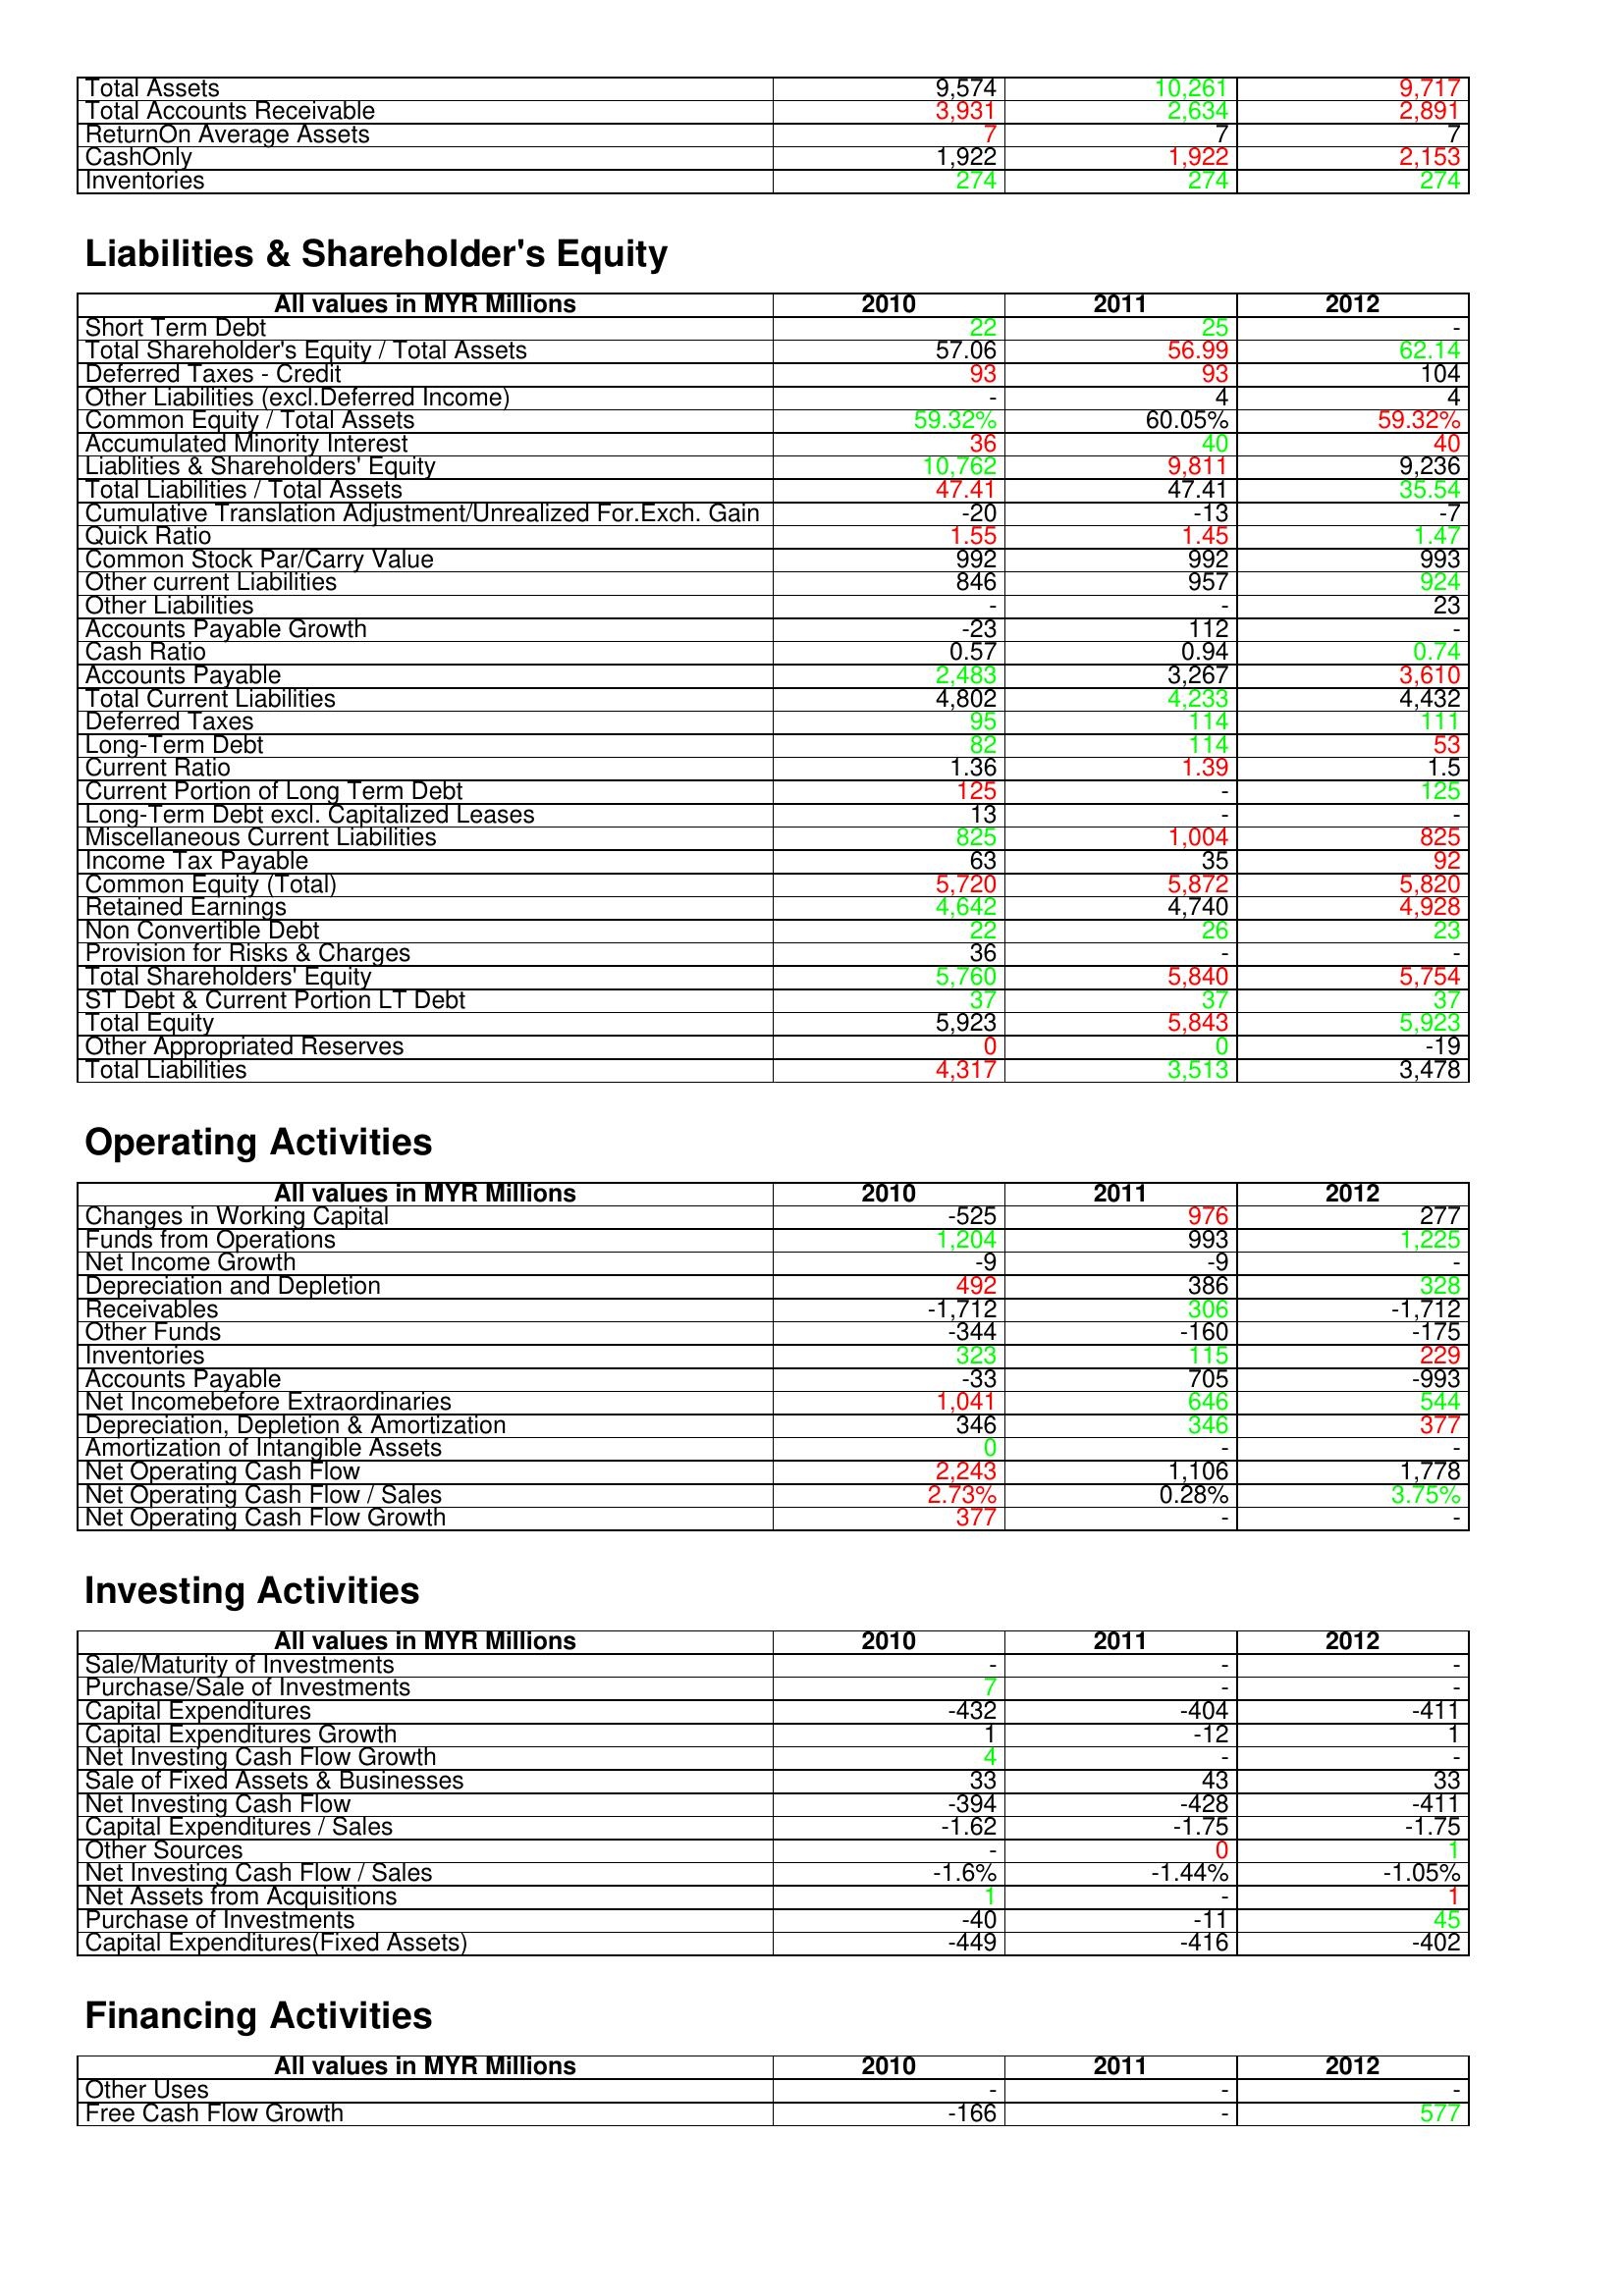
gt_parse: 2010: Assets: Total Assets: 9,574
Total Accounts Receivable: 3,931
ReturnOn Average Assets: 7
CashOnly: 1,922
Inventories: 274
Liabilities & Shareholder's Equity: Short Term Debt: 22
Total Shareholder's Equity / Total Assets: 57.06
Deferred Taxes - Credit: 93
Other Liabilities (excl.Deferred Income): -
Common Equity / Total Assets: 59.32%
Accumulated Minority Interest: 36
Liablities & Shareholders' Equity: 10,762
Total Liabilities / Total Assets: 47.41
Cumulative Translation Adjustment/Unrealized For.Exch. Gain: -20
Quick Ratio: 1.55
Common Stock Par/Carry Value: 992
Other current Liabilities: 846
Other Liabilities: -
Accounts Payable Growth: -23
Cash Ratio: 0.57
Accounts Payable: 2,483
Total Current Liabilities: 4,802
Deferred Taxes: 95
Long-Term Debt: 82
Current Ratio: 1.36
Current Portion of Long Term Debt: 125
Long-Term Debt excl. Capitalized Leases: 13
Miscellaneous Current Liabilities: 825
Income Tax Payable: 63
Common Equity (Total): 5,720
Retained Earnings: 4,642
Non Convertible Debt: 22
Provision for Risks & Charges: 36
Total Shareholders' Equity: 5,760
ST Debt & Current Portion LT Debt: 37
Total Equity: 5,923
Other Appropriated Reserves: 0
Total Liabilities: 4,317
Operating Activities: Changes in Working Capital: -525
Funds from Operations: 1,204
Net Income Growth: -9
Depreciation and Depletion: 492
Receivables: -1,712
Other Funds: -344
Inventories: 323
Accounts Payable: -33
Net Incomebefore Extraordinaries: 1,041
Depreciation, Depletion & Amortization: 346
Amortization of Intangible Assets: 0
Net Operating Cash Flow: 2,243
Net Operating Cash Flow / Sales: 2.73%
Net Operating Cash Flow Growth: 377
Investing Activities: Sale/Maturity of Investments: -
Purchase/Sale of Investments: 7
Capital Expenditures: -432
Capital Expenditures Growth: 1
Net Investing Cash Flow Growth: 4
Sale of Fixed Assets & Businesses: 33
Net Investing Cash Flow: -394
Capital Expenditures / Sales: -1.62
Other Sources: -
Net Investing Cash Flow / Sales: -1.6%
Net Assets from Acquisitions: 1
Purchase of Investments: -40
Capital Expenditures(Fixed Assets): -449
Financing Activities: Other Uses: -
Free Cash Flow Growth: -166
2011: Assets: Total Assets: 10,261
Total Accounts Receivable: 2,634
ReturnOn Average Assets: 7
CashOnly: 1,922
Inventories: 274
Liabilities & Shareholder's Equity: Short Term Debt: 25
Total Shareholder's Equity / Total Assets: 56.99
Deferred Taxes - Credit: 93
Other Liabilities (excl.Deferred Income): 4
Common Equity / Total Assets: 60.05%
Accumulated Minority Interest: 40
Liablities & Shareholders' Equity: 9,811
Total Liabilities / Total Assets: 47.41
Cumulative Translation Adjustment/Unrealized For.Exch. Gain: -13
Quick Ratio: 1.45
Common Stock Par/Carry Value: 992
Other current Liabilities: 957
Other Liabilities: -
Accounts Payable Growth: 112
Cash Ratio: 0.94
Accounts Payable: 3,267
Total Current Liabilities: 4,233
Deferred Taxes: 114
Long-Term Debt: 114
Current Ratio: 1.39
Current Portion of Long Term Debt: -
Long-Term Debt excl. Capitalized Leases: -
Miscellaneous Current Liabilities: 1,004
Income Tax Payable: 35
Common Equity (Total): 5,872
Retained Earnings: 4,740
Non Convertible Debt: 26
Provision for Risks & Charges: -
Total Shareholders' Equity: 5,840
ST Debt & Current Portion LT Debt: 37
Total Equity: 5,843
Other Appropriated Reserves: 0
Total Liabilities: 3,513
Operating Activities: Changes in Working Capital: 976
Funds from Operations: 993
Net Income Growth: -9
Depreciation and Depletion: 386
Receivables: 306
Other Funds: -160
Inventories: 115
Accounts Payable: 705
Net Incomebefore Extraordinaries: 646
Depreciation, Depletion & Amortization: 346
Amortization of Intangible Assets: -
Net Operating Cash Flow: 1,106
Net Operating Cash Flow / Sales: 0.28%
Net Operating Cash Flow Growth: -
Investing Activities: Sale/Maturity of Investments: -
Purchase/Sale of Investments: -
Capital Expenditures: -404
Capital Expenditures Growth: -12
Net Investing Cash Flow Growth: -
Sale of Fixed Assets & Businesses: 43
Net Investing Cash Flow: -428
Capital Expenditures / Sales: -1.75
Other Sources: 0
Net Investing Cash Flow / Sales: -1.44%
Net Assets from Acquisitions: -
Purchase of Investments: -11
Capital Expenditures(Fixed Assets): -416
Financing Activities: Other Uses: -
Free Cash Flow Growth: -
2012: Assets: Total Assets: 9,717
Total Accounts Receivable: 2,891
ReturnOn Average Assets: 7
CashOnly: 2,153
Inventories: 274
Liabilities & Shareholder's Equity: Short Term Debt: -
Total Shareholder's Equity / Total Assets: 62.14
Deferred Taxes - Credit: 104
Other Liabilities (excl.Deferred Income): 4
Common Equity / Total Assets: 59.32%
Accumulated Minority Interest: 40
Liablities & Shareholders' Equity: 9,236
Total Liabilities / Total Assets: 35.54
Cumulative Translation Adjustment/Unrealized For.Exch. Gain: -7
Quick Ratio: 1.47
Common Stock Par/Carry Value: 993
Other current Liabilities: 924
Other Liabilities: 23
Accounts Payable Growth: -
Cash Ratio: 0.74
Accounts Payable: 3,610
Total Current Liabilities: 4,432
Deferred Taxes: 111
Long-Term Debt: 53
Current Ratio: 1.5
Current Portion of Long Term Debt: 125
Long-Term Debt excl. Capitalized Leases: -
Miscellaneous Current Liabilities: 825
Income Tax Payable: 92
Common Equity (Total): 5,820
Retained Earnings: 4,928
Non Convertible Debt: 23
Provision for Risks & Charges: -
Total Shareholders' Equity: 5,754
ST Debt & Current Portion LT Debt: 37
Total Equity: 5,923
Other Appropriated Reserves: -19
Total Liabilities: 3,478
Operating Activities: Changes in Working Capital: 277
Funds from Operations: 1,225
Net Income Growth: -
Depreciation and Depletion: 328
Receivables: -1,712
Other Funds: -175
Inventories: 229
Accounts Payable: -993
Net Incomebefore Extraordinaries: 544
Depreciation, Depletion & Amortization: 377
Amortization of Intangible Assets: -
Net Operating Cash Flow: 1,778
Net Operating Cash Flow / Sales: 3.75%
Net Operating Cash Flow Growth: -
Investing Activities: Sale/Maturity of Investments: -
Purchase/Sale of Investments: -
Capital Expenditures: -411
Capital Expenditures Growth: 1
Net Investing Cash Flow Growth: -
Sale of Fixed Assets & Businesses: 33
Net Investing Cash Flow: -411
Capital Expenditures / Sales: -1.75
Other Sources: 1
Net Investing Cash Flow / Sales: -1.05%
Net Assets from Acquisitions: 1
Purchase of Investments: 45
Capital Expenditures(Fixed Assets): -402
Financing Activities: Other Uses: -
Free Cash Flow Growth: 577